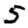
Digit: 5